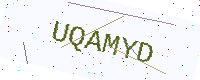
Text: UQAMYD